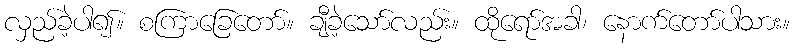
လှည်ခဲ့ပါ၍။ စကြာခြေတော်။ ချီခဲ့သော်လည်း။ ထိုရော်အခါ၊ နောက်တော်ပါသား။